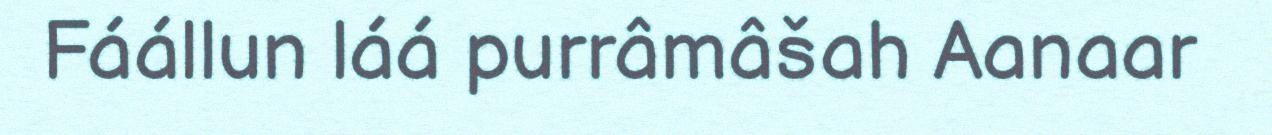
Fáállun láá purrâmâšah Aanaar